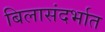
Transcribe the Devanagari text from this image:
बिलासंदर्भात